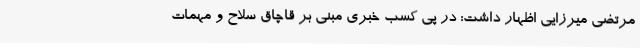
مرتضی میرزایی اظهار داشت: در پی کسب خبری مبنی بر قاچاق سلاح و مهمات